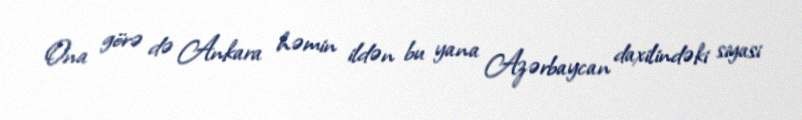
Ona görə də Ankara həmin ildən bu yana Azərbaycan daxilindəki siyasi